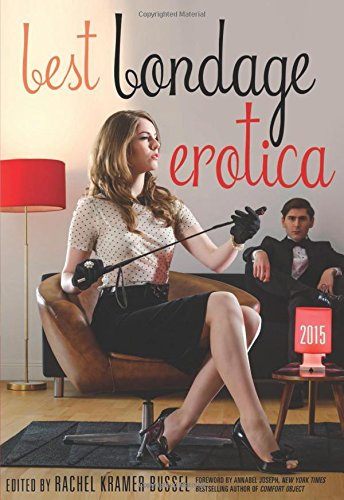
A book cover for Best Bondage Erotica 2015; Romance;